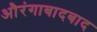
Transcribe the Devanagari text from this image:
औरंगाबादबाद